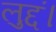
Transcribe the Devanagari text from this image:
लुद्दं।